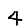
Digit: 4